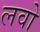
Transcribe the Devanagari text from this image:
लवो